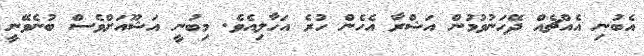
އެބުނި އެއްޗެެއް ދޭހަނުވުމުން އަޝްރާ އެހެން ހުރެ އަހާލިއެވެ. މިބުނީ އަޝޫއަށްވެސް ބުނެވޭނީ